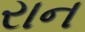
રાન